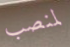
لمنصب